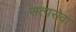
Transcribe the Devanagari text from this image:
सत्यसेवा